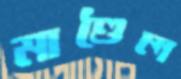
মাণ্ডৈল